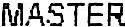
MASTER